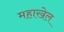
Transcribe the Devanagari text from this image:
महाखेल